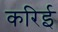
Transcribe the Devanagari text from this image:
करिई